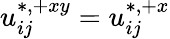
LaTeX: u_{ij}^{\ast,+xy}=u_{ij}^{\ast,+x}